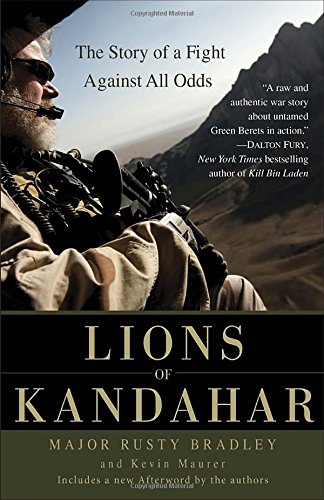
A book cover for Lions of Kandahar: The Story of a Fight Against All Odds; Rusty Bradley; Biographies & Memoirs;